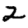
Digit: 2